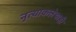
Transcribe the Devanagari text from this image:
नृत्याकलेचाही